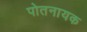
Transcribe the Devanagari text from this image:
पोतनायक